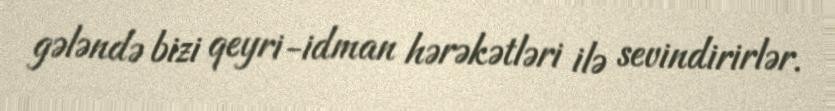
gələndə bizi qeyri-idman hərəkətləri ilə sevindirirlər.